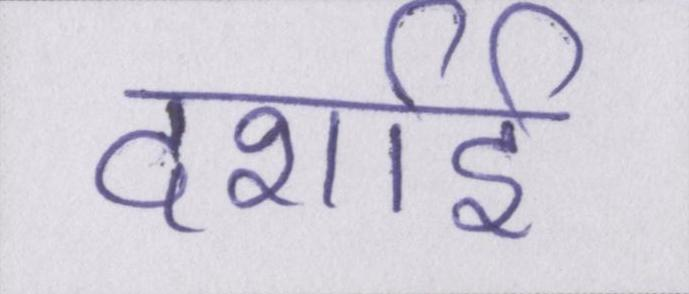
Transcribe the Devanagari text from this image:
दर्शाई